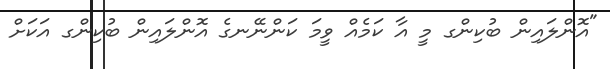
"އޮންލައިން ބުކިންގ މީ އާ ކަމެއް ވީމަ ކަންނޭނގެ އޮންލައިން ބުކިންގ އަކަށް